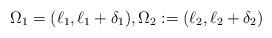
LaTeX: \begin{align*}\Omega_{1} = (\ell_{1},\ell_{1}+\delta_{1}),\Omega_{2} := (\ell_{2},\ell_{2} + \delta_{2})\end{align*}